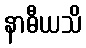
နာဓီယသိ